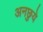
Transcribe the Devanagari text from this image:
अनछुये